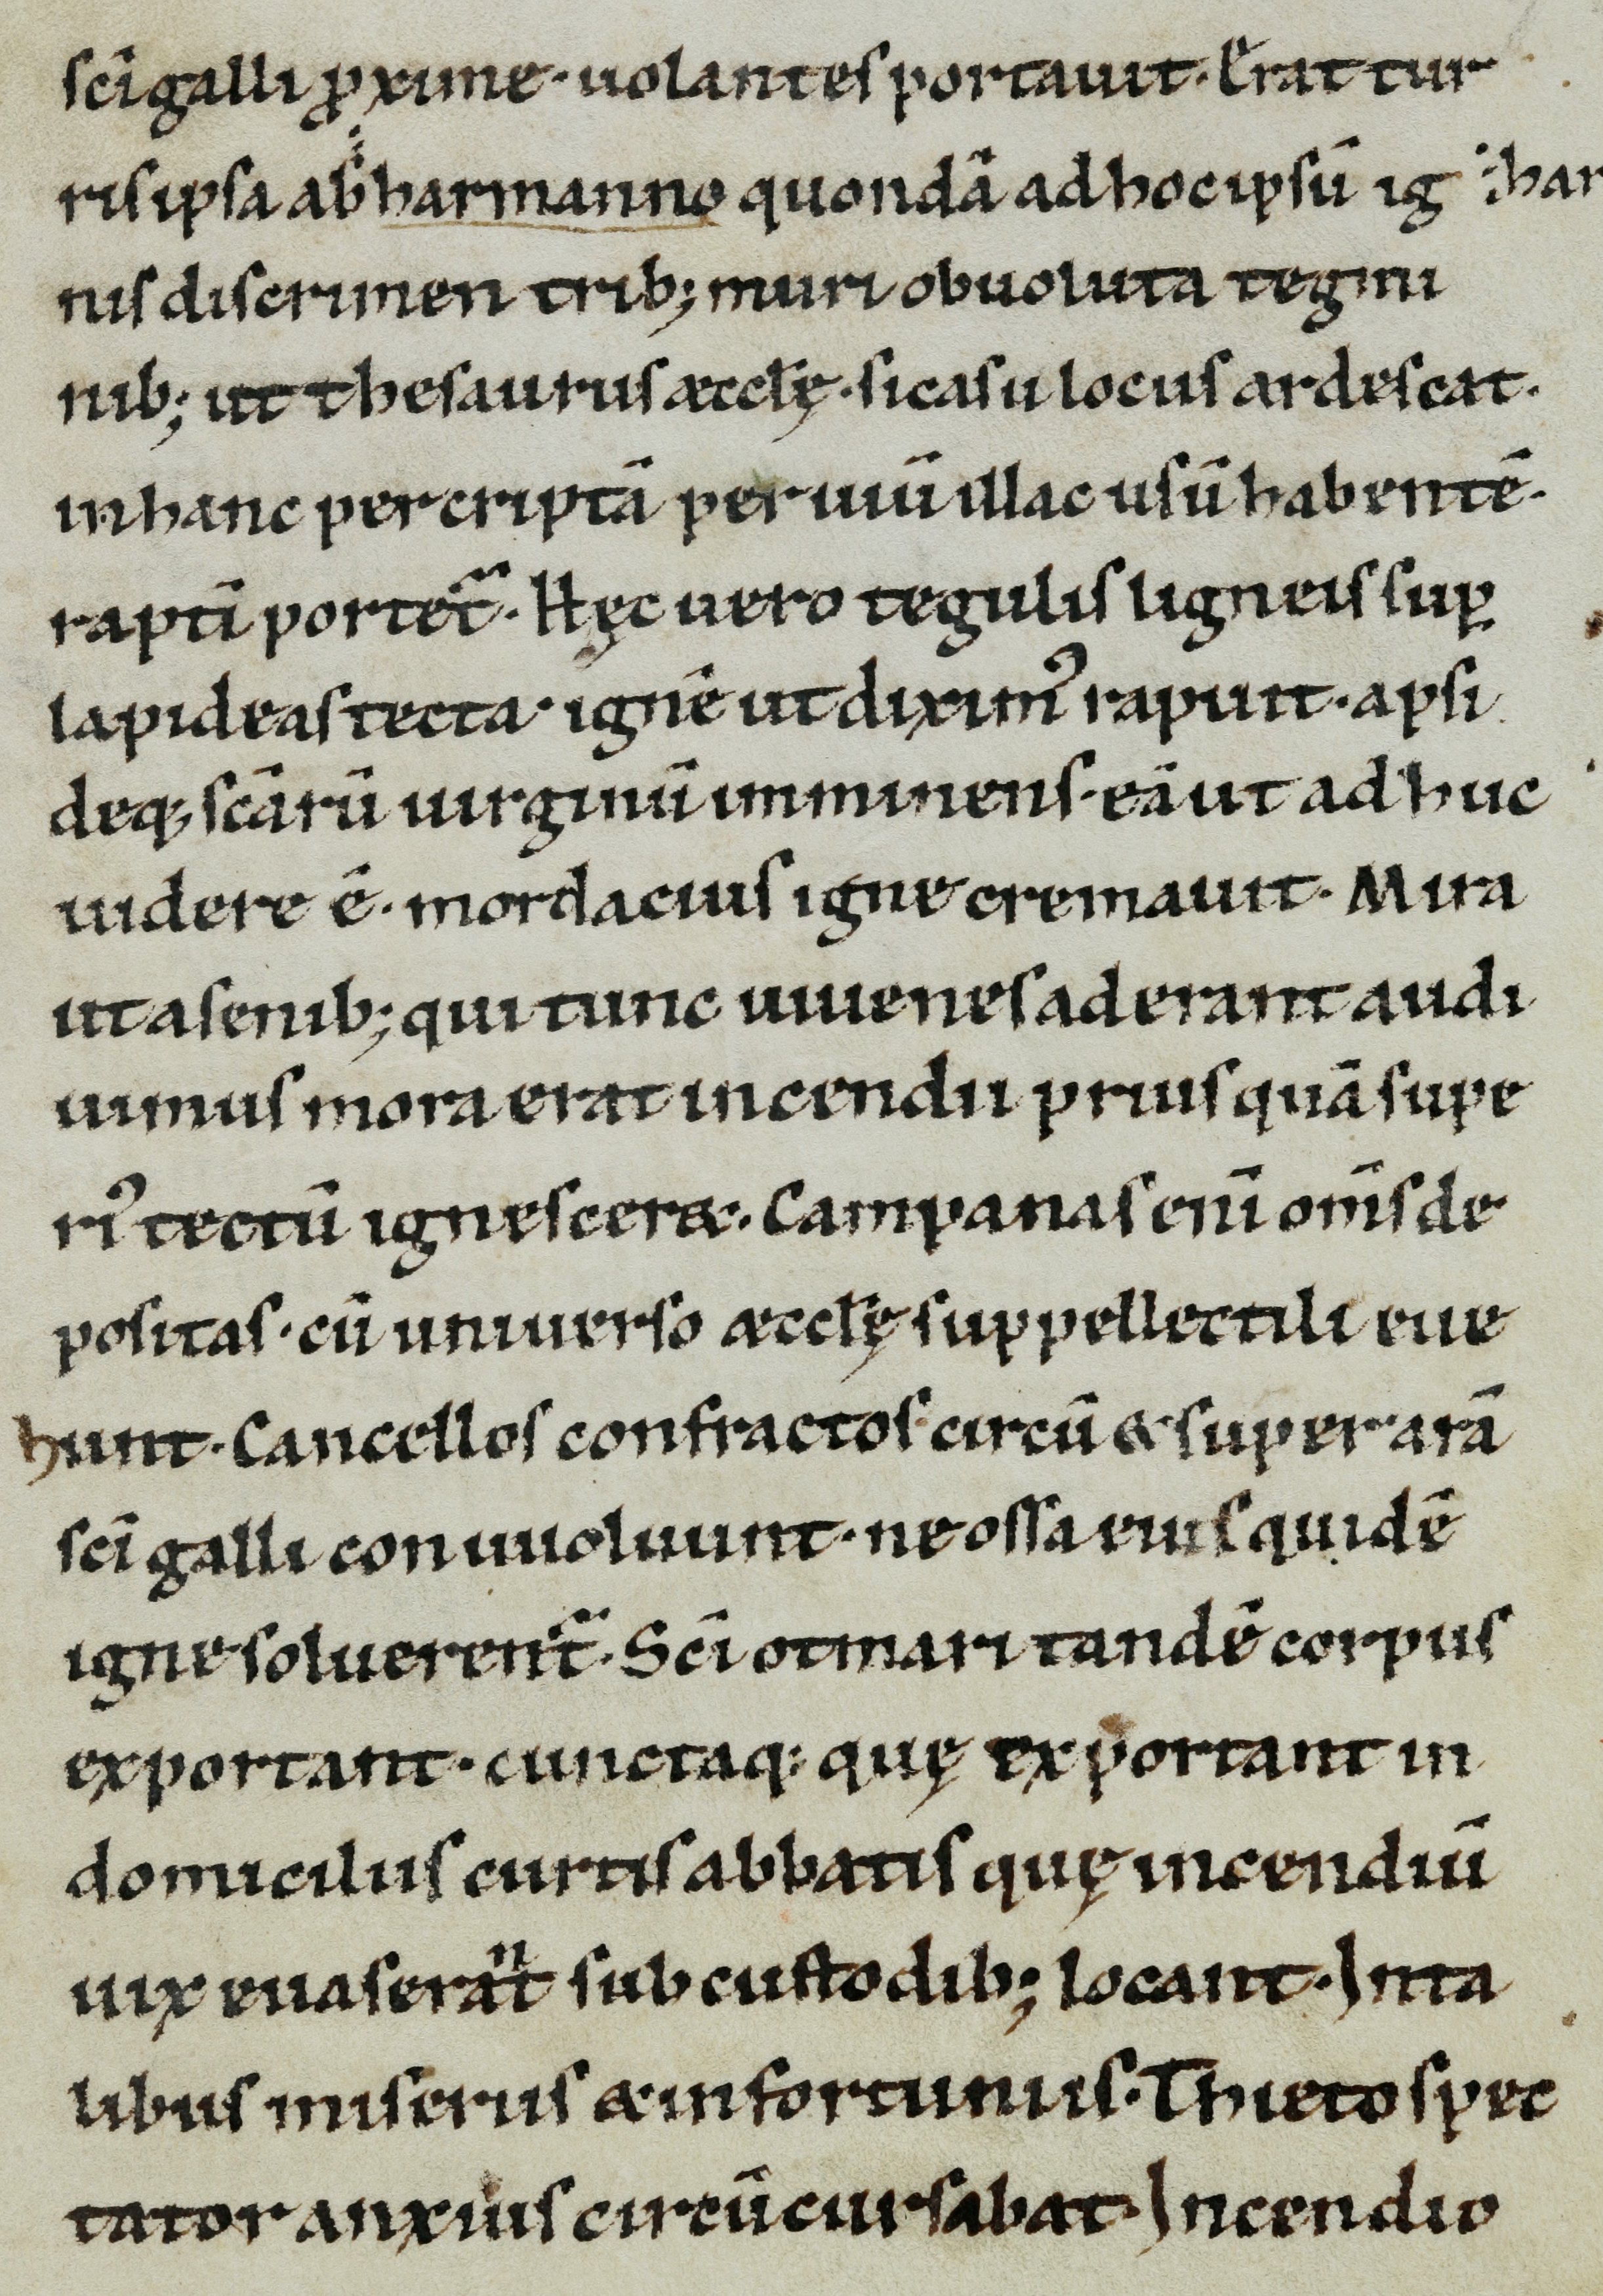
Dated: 1100–1199